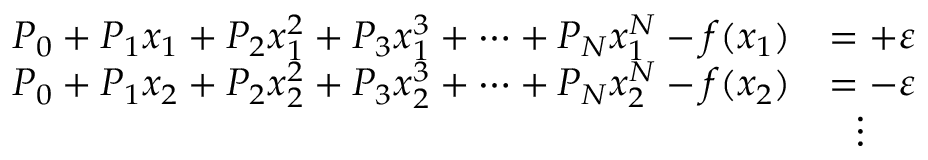
{ \begin{array} { r l } { P _ { 0 } + P _ { 1 } x _ { 1 } + P _ { 2 } x _ { 1 } ^ { 2 } + P _ { 3 } x _ { 1 } ^ { 3 } + \dots + P _ { N } x _ { 1 } ^ { N } - f ( x _ { 1 } ) } & { = + \varepsilon } \\ { P _ { 0 } + P _ { 1 } x _ { 2 } + P _ { 2 } x _ { 2 } ^ { 2 } + P _ { 3 } x _ { 2 } ^ { 3 } + \dots + P _ { N } x _ { 2 } ^ { N } - f ( x _ { 2 } ) } & { = - \varepsilon } \\ & { \ \ \vdots } \end{array} }